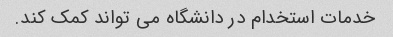
خدمات استخدام در دانشگاه می تواند کمک کند.